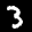
Label: 3